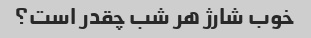
خوب شارژ هر شب چقدر است؟